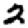
Digit: 2